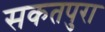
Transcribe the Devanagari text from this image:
सकतपुरा